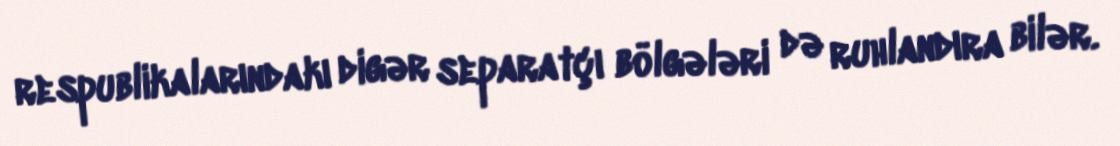
respublikalarındakı digər separatçı bölgələri də ruhlandıra bilər.